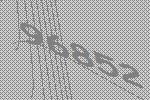
96852